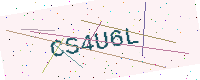
Text: CS4U6L